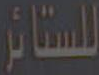
للستائر